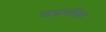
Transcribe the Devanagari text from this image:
अप्रशंसित